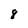
Character: 8